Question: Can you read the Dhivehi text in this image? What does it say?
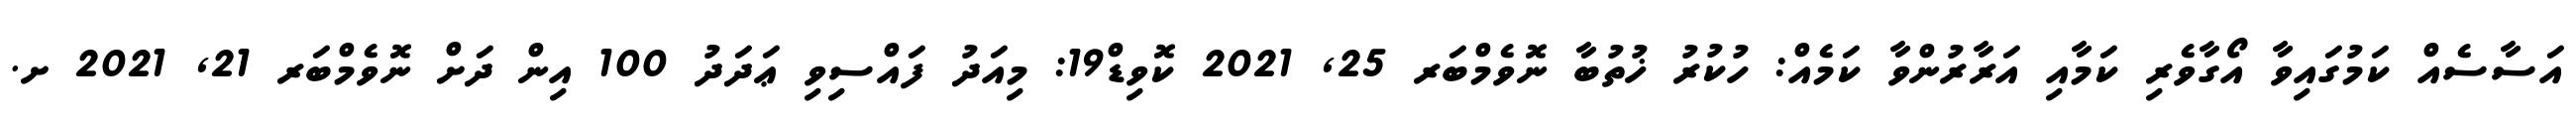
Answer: އަސާސެއް ކަމުގައިވާ އޯގާވެރި ކަމާއި އަރާރުންވާ ކަމެއް: ހުކުރު ޚުތުބާ ނޮވެމްބަރ 25, 2021 ކޮވިޑް19: މިއަދު ފައްސިވި ޢަދަދު 100 އިން ދަށް ނޮވެމްބަރ 21, 2021 ށ.